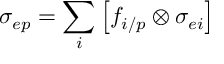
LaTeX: \sigma _ { e p } = \sum _ { i } \left[ f _ { i / p } \otimes \sigma _ { e i } \right]